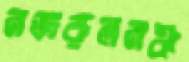
নজরুলমঞ্চ